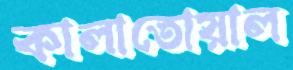
কালাতোয়াল